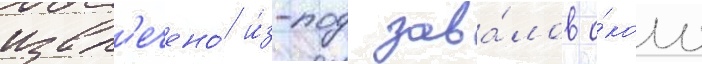
извл'ечено́ и́з-под зава́лов о́коло